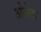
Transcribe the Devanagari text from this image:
ओसेटा